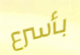
بأسرع